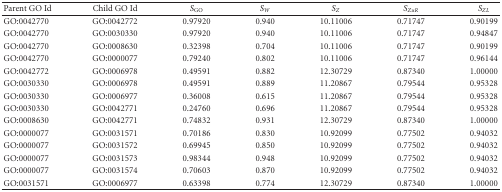
<table><thead><tr><td><b>Parent GO Id</b></td><td><b> Child GO Id</b></td><td><b><i>S</i><sub>GO</sub></b></td><td><b><i>S</i><sub><i>W</i></sub></b></td><td><b><i>S</i><sub><i>Z</i></sub></b></td><td><b><i>S</i><sub><i>Zu</i><i>R</i></sub></b></td><td><b><i>S</i><sub><i>ZL</i></sub></b></td></tr></thead><tbody><tr><td>GO:0042770</td><td> GO:0042772</td><td> 0.97920</td><td> 0.940</td><td> 10.11006</td><td> 0.71747</td><td> 0.90199</td></tr><tr><td>GO:0042770</td><td> GO:0030330</td><td> 0.97920</td><td> 0.940</td><td> 10.11006</td><td> 0.71747</td><td> 0.94847</td></tr><tr><td>GO:0042770</td><td> GO:0008630</td><td> 0.32398</td><td> 0.704</td><td> 10.11006</td><td> 0.71747</td><td> 0.90199</td></tr><tr><td>GO:0042770</td><td> GO:0000077</td><td> 0.79240</td><td> 0.802</td><td> 10.11006</td><td> 0.71747</td><td> 0.96144</td></tr><tr><td>GO:0042772</td><td> GO:0006978</td><td> 0.49591</td><td> 0.882</td><td> 12.30729</td><td> 0.87340</td><td> 1.00000</td></tr><tr><td>GO:0030330</td><td> GO:0006978</td><td> 0.49591</td><td> 0.889</td><td> 11.20867</td><td> 0.79544</td><td> 0.95328</td></tr><tr><td>GO:0030330</td><td> GO:0006977</td><td> 0.36008</td><td> 0.615</td><td> 11.20867</td><td> 0.79544</td><td> 0.95328</td></tr><tr><td>GO:0030330</td><td> GO:0042771</td><td> 0.24760</td><td> 0.696</td><td> 11.20867</td><td> 0.79544</td><td> 0.95328</td></tr><tr><td>GO:0008630</td><td> GO:0042771</td><td> 0.74832</td><td> 0.931</td><td> 12.30729</td><td> 0.87340</td><td> 1.00000</td></tr><tr><td>GO:0000077</td><td> GO:0031571</td><td> 0.70186</td><td> 0.830</td><td> 10.92099</td><td> 0.77502</td><td> 0.94032</td></tr><tr><td>GO:0000077</td><td> GO:0031572</td><td> 0.69945</td><td> 0.850</td><td> 10.92099</td><td> 0.77502</td><td> 0.94032</td></tr><tr><td>GO:0000077</td><td> GO:0031573</td><td> 0.98344</td><td> 0.948</td><td> 10.92099</td><td> 0.77502</td><td> 0.94032</td></tr><tr><td>GO:0000077</td><td> GO:0031574</td><td> 0.70603</td><td> 0.870</td><td> 10.92099</td><td> 0.77502</td><td> 0.94032</td></tr><tr><td>GO:0031571</td><td> GO:0006977</td><td> 0.63398</td><td> 0.774</td><td> 12.30729</td><td> 0.87340</td><td> 1.00000</td></tr></tbody></table>